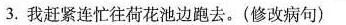
3.我赶紧连忙往荷花池边跑去。(修改病句)